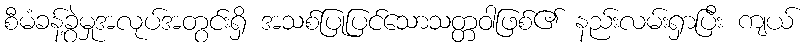
စီမံခန့်ခွဲမှုအလုပ်အတွင်းရှိ အသစ်ပြုပြင်သောသတ္တဝါဖြစ်၏ နည်းလမ်းရှာပြီး ကျယ်